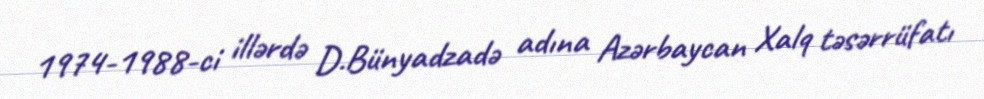
1974-1988-ci illərdə D.Bünyadzadə adına Azərbaycan Xalq təsərrüfatı